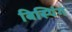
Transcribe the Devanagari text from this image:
बिस्पिंग